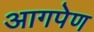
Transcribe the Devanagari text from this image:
आगपेण